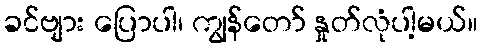
ခင်ဗျား ပြောပါ၊ ကျွန်တော် နှုတ်လုံပါ့မယ်။